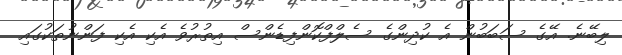
ލިބޭނެ. އޭގެ ސަބަބުން އެ ކުދިންގެ ސެލްފްކޮންފިޑެންސް އިތުރުވެ އެކި އެކި ފަންނުތަކުގައި